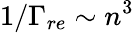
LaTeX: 1/\Gamma_{re}\sim n^{3}